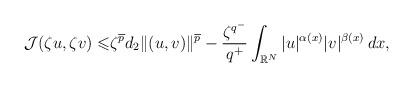
LaTeX: \begin{align*} \mathcal{J}(\zeta u,\zeta v)\leqslant & \zeta^{\overline{p}}d_2\|(u, v)\|^{\overline{p}}- \frac{\zeta^{q^{-}}}{q^{+}}\int_{\mathbb{R}^{N}}|u|^{\alpha(x)}|v|^{\beta(x)}\,dx , \end{align*}